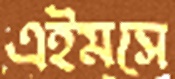
এইমসে